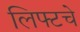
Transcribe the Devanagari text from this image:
लिफ्टचे